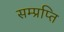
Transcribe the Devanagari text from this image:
सम्प्रप्ति